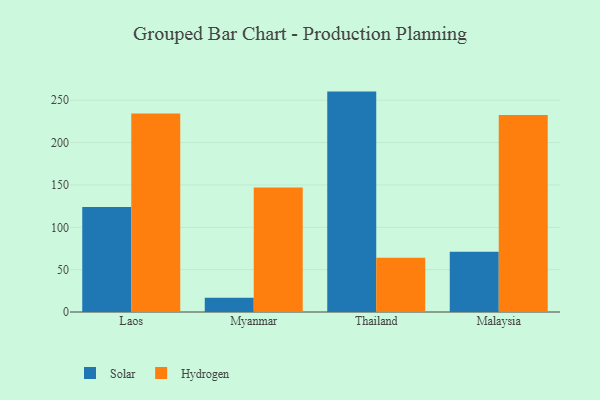
{"axis": {"x": "Country", "y": "Headcount"}, "legend": ["Hydrogen", "Solar"], "data": [{"x": "Laos", "y": 123.9, "type": "Solar"}, {"x": "Laos", "y": 234.3, "type": "Hydrogen"}, {"x": "Myanmar", "y": 16.7, "type": "Solar"}, {"x": "Myanmar", "y": 146.9, "type": "Hydrogen"}, {"x": "Thailand", "y": 260.2, "type": "Solar"}, {"x": "Thailand", "y": 63.9, "type": "Hydrogen"}, {"x": "Malaysia", "y": 71.2, "type": "Solar"}, {"x": "Malaysia", "y": 232.7, "type": "Hydrogen"}]}